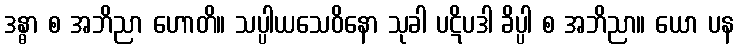
ဒန္ဓာ စ အဘိညာ ဟောတိ။ သပ္ပါယသေဝိနော သုခါ ပဋိပဒါ ခိပ္ပါ စ အဘိညာ။ ယော ပန